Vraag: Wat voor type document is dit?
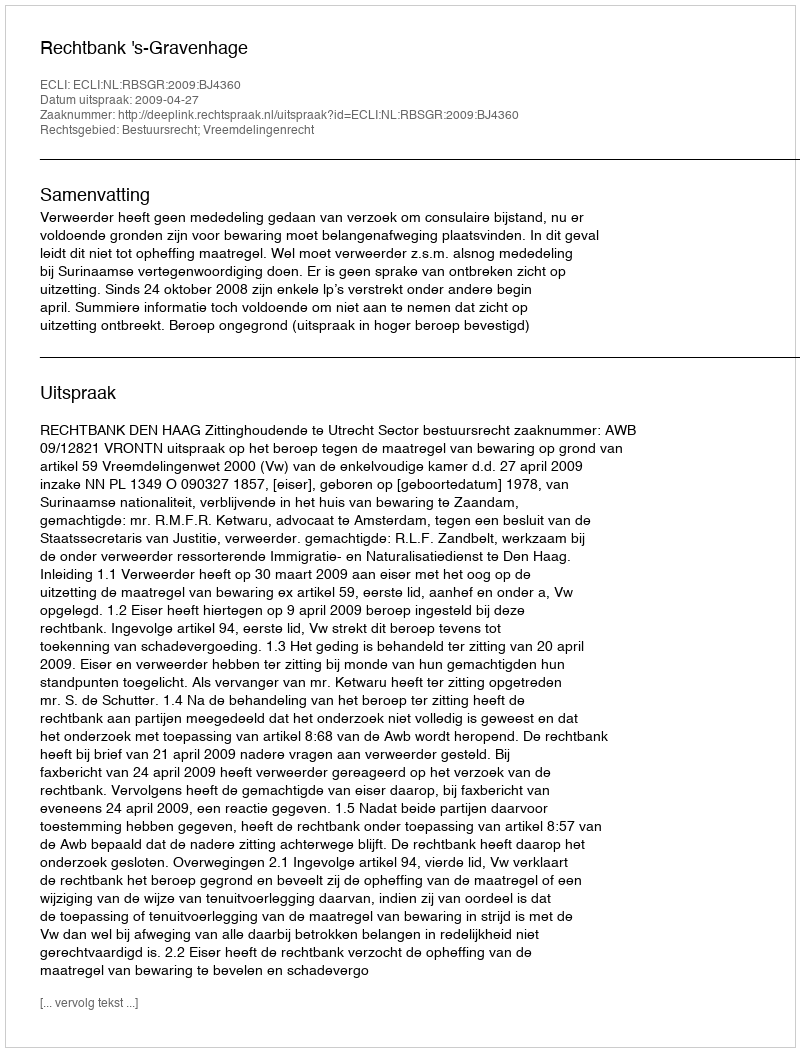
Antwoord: Uitspraak